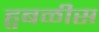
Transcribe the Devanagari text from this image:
हुबळीस